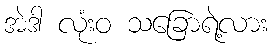
အဲဒါ လုံးဝ သခြောရဲ့လား